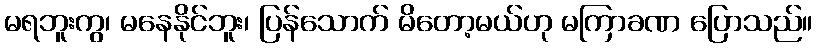
မရဘူးကွ၊ မနေနိုင်ဘူး၊ ပြန်သောက် မိတော့မယ်ဟု မကြာခဏ ပြောသည်။